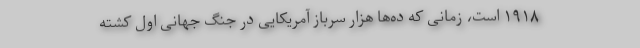
۱۹۱۸ است، زمانی که ده‌ها هزار سرباز آمریکایی در جنگ جهانی اول کشته